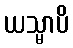
ယသ္မာပိ